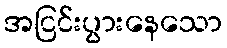
အငြင်းပွားနေသော